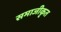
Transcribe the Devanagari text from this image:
समाजीकृत